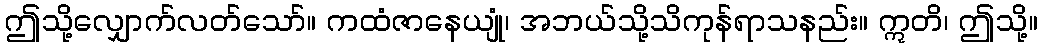
ဤသို့လျှောက်လတ်သော်။ ကထံဇာနေယျုံ၊ အဘယ်သို့သိကုန်ရာသနည်း။ ဣတိ၊ ဤသို့။